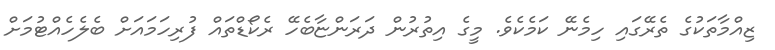
ޒިއްމާތަކުގެ ތެރޭގައި ހިމެނޭ ކަމެކެވެ. މީގެ އިތުރުން ދަރަންޏާބެހޭ ރެކޯޑްތައް ފުރިހަމައަށް ބެލެހެއްޓުމަށް